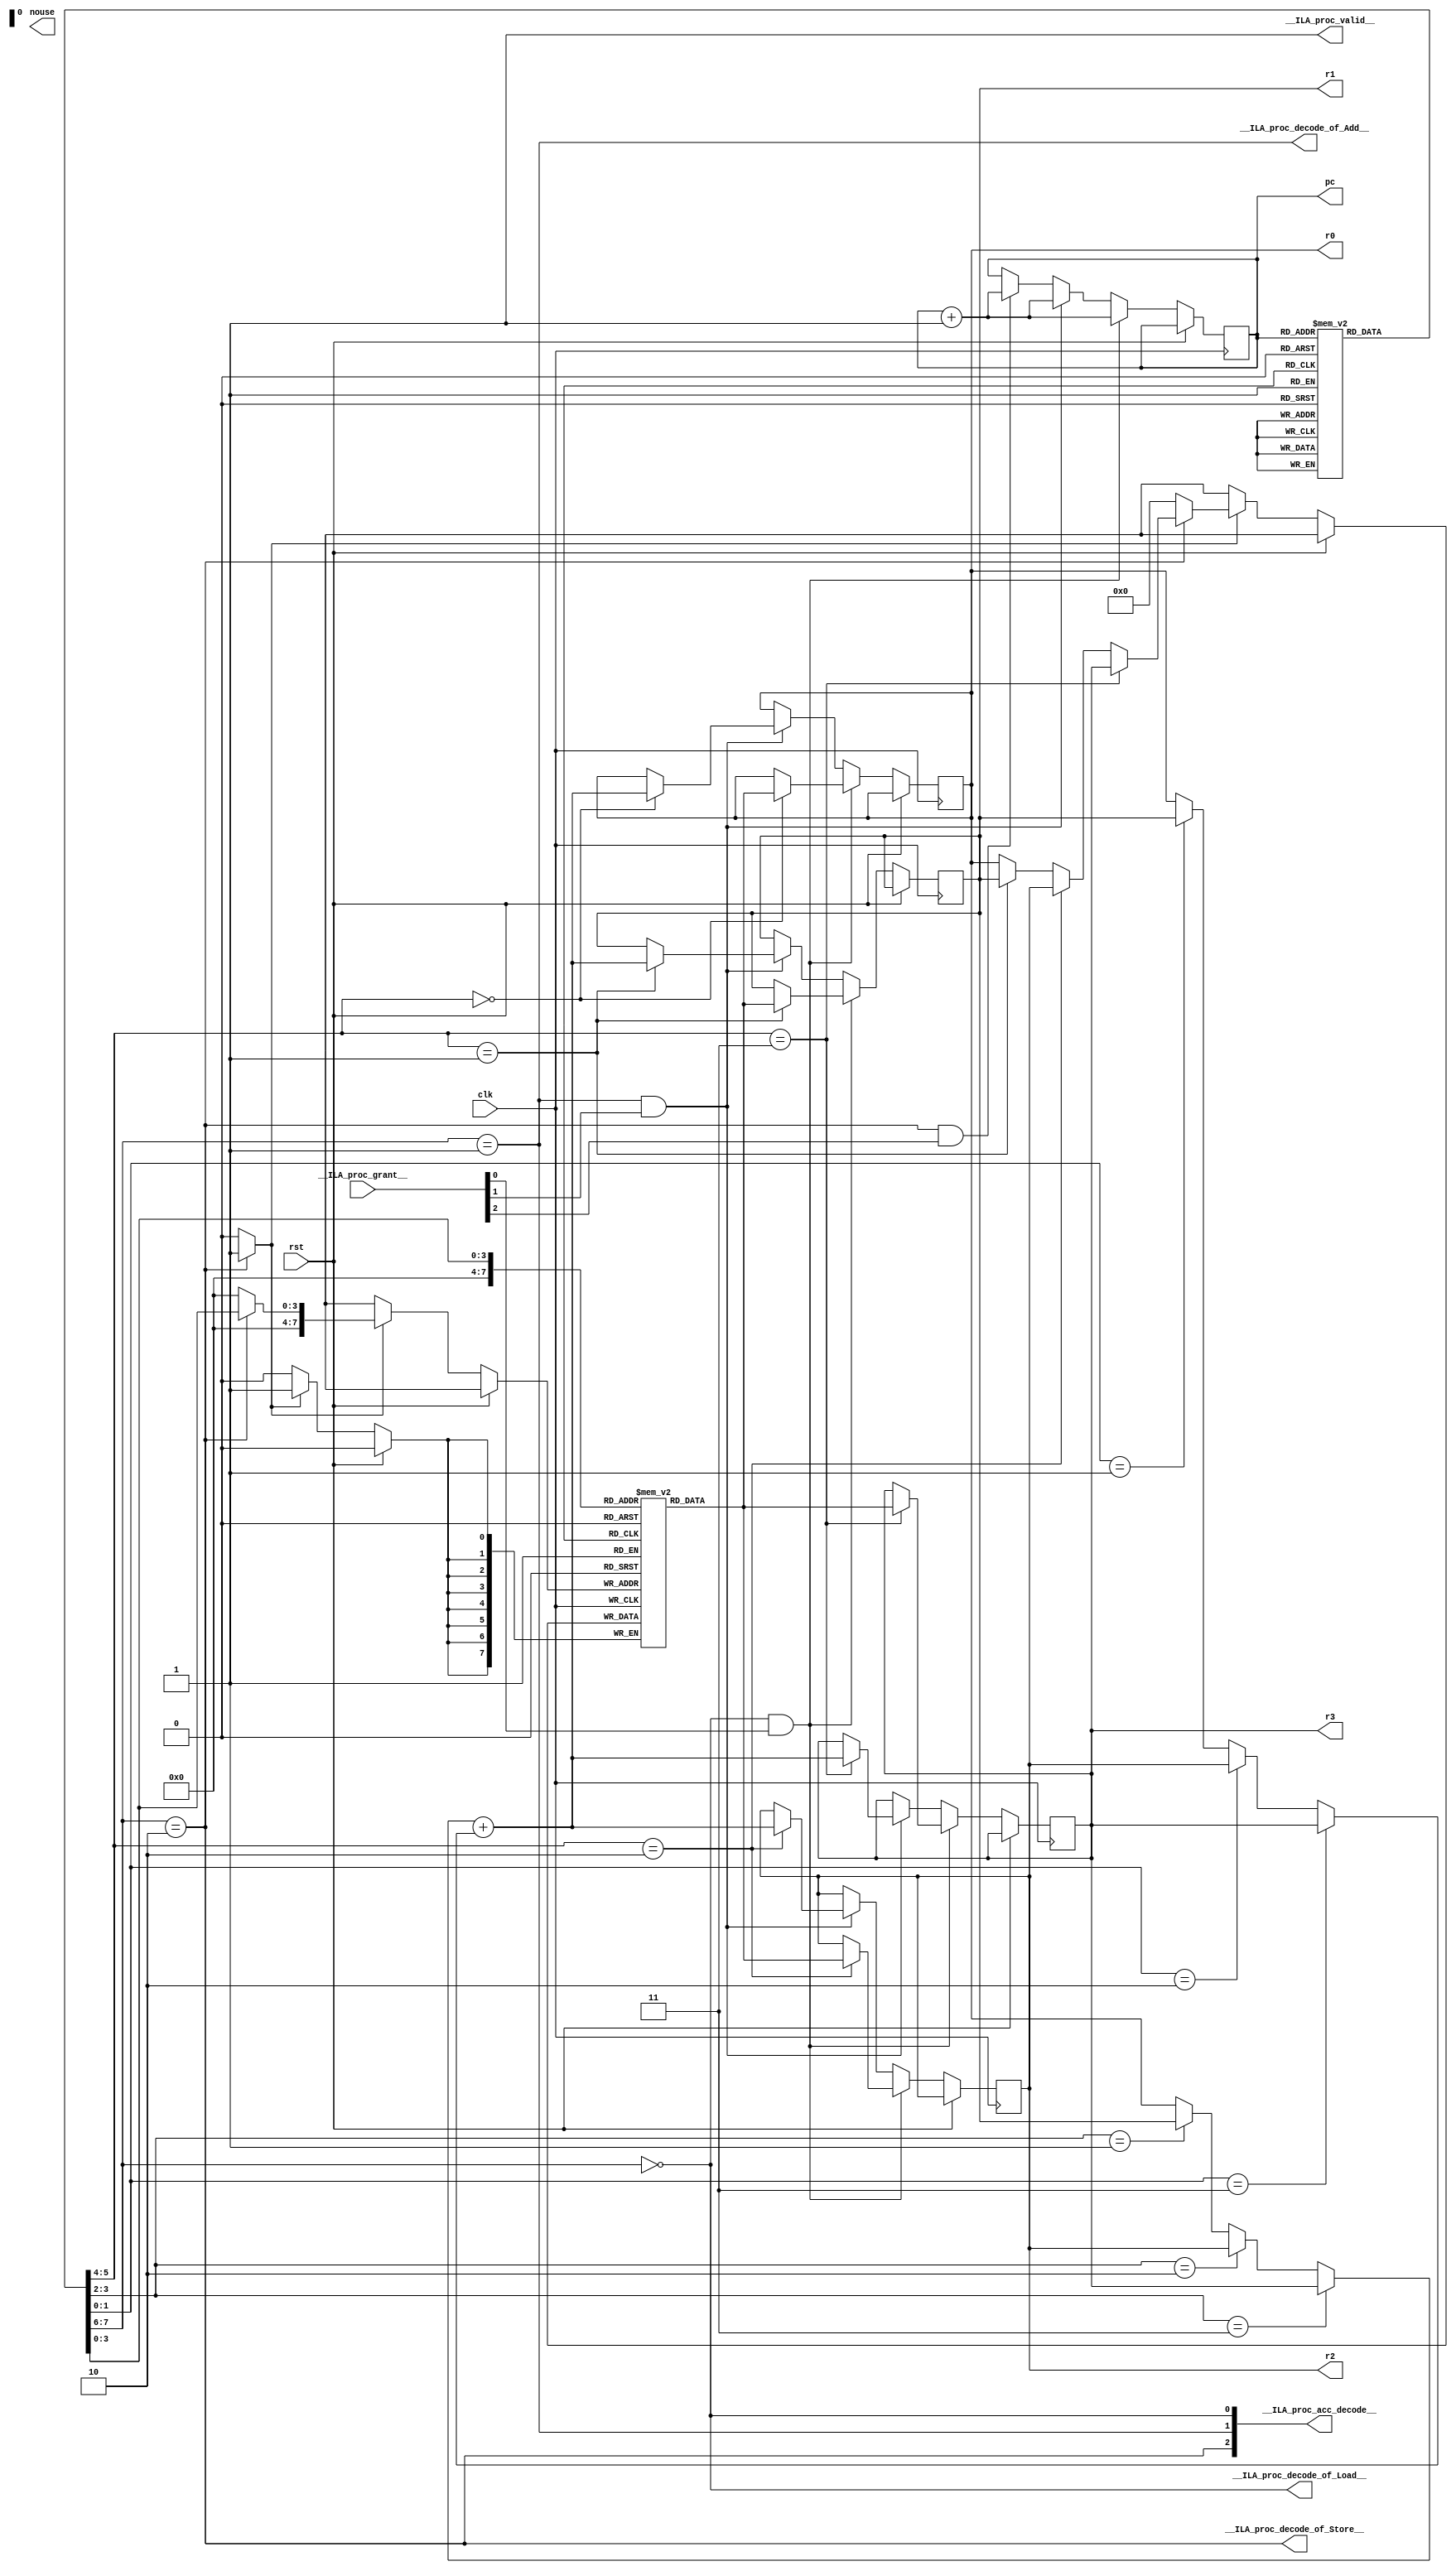
module proc(
clk,
rst,
__ILA_proc_grant__,
__ILA_proc_valid__,
__ILA_proc_acc_decode__,
__ILA_proc_decode_of_Load__,
__ILA_proc_decode_of_Add__,
__ILA_proc_decode_of_Store__,
pc,
r0,
r1,
r2,
r3,
nouse
);
input            clk;
input            rst;
input      [2:0] __ILA_proc_grant__;
output            __ILA_proc_valid__;
output      [2:0] __ILA_proc_acc_decode__;
output            __ILA_proc_decode_of_Load__;
output            __ILA_proc_decode_of_Add__;
output            __ILA_proc_decode_of_Store__;
output reg      [7:0] pc;
output reg      [7:0] r0;
output reg      [7:0] r1;
output reg      [7:0] r2;
output reg      [7:0] r3;
output reg            nouse;
wire            clk;
wire            rst;
wire            __ILA_proc_valid__;
wire      [2:0] __ILA_proc_grant__;
wire      [2:0] __ILA_proc_acc_decode__;
wire      [7:0] n0;
wire      [1:0] n1;
wire            n2;
wire            __ILA_proc_decode_of_Load__;
wire            n3;
wire            __ILA_proc_decode_of_Add__;
wire            n4;
wire            __ILA_proc_decode_of_Store__;
wire      [7:0] mem_addr0;
wire      [7:0] mem_data0;
wire            mem_wen0;
wire            n5;
wire            n6;
wire            n7;
wire      [3:0] n8;
wire      [7:0] n9;
wire      [1:0] n10;
wire            n11;
wire            n12;
wire            n13;
wire      [7:0] n14;
wire      [7:0] n15;
wire      [7:0] n16;
wire      [7:0] n17;
wire            n18;
wire      [7:0] n19;
wire      [7:0] n20;
wire      [1:0] n21;
wire            n22;
wire            n23;
wire            n24;
wire      [7:0] n25;
wire      [7:0] n26;
wire      [7:0] n27;
wire      [1:0] n28;
wire            n29;
wire            n30;
wire            n31;
wire      [7:0] n32;
wire      [7:0] n33;
wire      [7:0] n34;
wire      [7:0] n35;
wire      [7:0] n36;
wire      [7:0] n37;
wire      [7:0] n38;
wire      [7:0] n39;
wire      [7:0] n40;
wire      [7:0] n41;
wire      [7:0] n42;
reg      [7:0] ir[255:0];
reg      [7:0] mem[255:0];
assign __ILA_proc_valid__ = 1'b1 ;
assign n0 =  (  ir [ pc ] )  ;
assign n1 = n0[7:6] ;
assign n2 =  ( n1 ) == ( 2'd0 )  ;
assign __ILA_proc_decode_of_Load__ = n2 ;
assign __ILA_proc_acc_decode__[0] = __ILA_proc_decode_of_Load__ ;
assign n3 =  ( n1 ) == ( 2'd1 )  ;
assign __ILA_proc_decode_of_Add__ = n3 ;
assign __ILA_proc_acc_decode__[1] = __ILA_proc_decode_of_Add__ ;
assign n4 =  ( n1 ) == ( 2'd2 )  ;
assign __ILA_proc_decode_of_Store__ = n4 ;
assign __ILA_proc_acc_decode__[2] = __ILA_proc_decode_of_Store__ ;
assign n5 = ~ ( n4 )  ;
assign n6 =  ( 1'b1 ) & (n5 )  ;
assign n7 =  ( 1'b1 ) & (n4 )  ;
assign n8 = n0[3:0] ;
assign n9 =  {4'd0 , n8}  ;
assign n10 = n0[5:4] ;
assign n11 =  ( n10 ) == ( 2'd3 )  ;
assign n12 =  ( n10 ) == ( 2'd2 )  ;
assign n13 =  ( n10 ) == ( 2'd1 )  ;
assign n14 =  ( n13 ) ? ( r1 ) : ( r0 ) ;
assign n15 =  ( n12 ) ? ( r2 ) : ( n14 ) ;
assign n16 =  ( n11 ) ? ( r3 ) : ( n15 ) ;
assign mem_addr0 = n7 ? (n9) : (0) ;
assign mem_data0 = n7 ? (n16) : ('d0) ;
assign mem_wen0 = n7 ? ( 1'b1 ) : (1'b0) ;
assign n17 =  ( pc ) + ( 8'd1 )  ;
assign n18 =  ( n10 ) == ( 2'd0 )  ;
assign n19 =  (  mem [ n9 ] )  ;
assign n20 =  ( n18 ) ? ( n19 ) : ( r0 ) ;
assign n21 = n0[3:2] ;
assign n22 =  ( n21 ) == ( 2'd3 )  ;
assign n23 =  ( n21 ) == ( 2'd2 )  ;
assign n24 =  ( n21 ) == ( 2'd1 )  ;
assign n25 =  ( n24 ) ? ( r1 ) : ( r0 ) ;
assign n26 =  ( n23 ) ? ( r2 ) : ( n25 ) ;
assign n27 =  ( n22 ) ? ( r3 ) : ( n26 ) ;
assign n28 = n0[1:0] ;
assign n29 =  ( n28 ) == ( 2'd3 )  ;
assign n30 =  ( n28 ) == ( 2'd2 )  ;
assign n31 =  ( n28 ) == ( 2'd1 )  ;
assign n32 =  ( n31 ) ? ( r1 ) : ( r0 ) ;
assign n33 =  ( n30 ) ? ( r2 ) : ( n32 ) ;
assign n34 =  ( n29 ) ? ( r3 ) : ( n33 ) ;
assign n35 =  ( n27 ) + ( n34 )  ;
assign n36 =  ( n18 ) ? ( n35 ) : ( r0 ) ;
assign n37 =  ( n13 ) ? ( n19 ) : ( r1 ) ;
assign n38 =  ( n13 ) ? ( n35 ) : ( r1 ) ;
assign n39 =  ( n12 ) ? ( n19 ) : ( r2 ) ;
assign n40 =  ( n12 ) ? ( n35 ) : ( r2 ) ;
assign n41 =  ( n11 ) ? ( n19 ) : ( r3 ) ;
assign n42 =  ( n11 ) ? ( n35 ) : ( r3 ) ;
always @(posedge clk) begin
   if(rst) begin
   end
   else if(__ILA_proc_valid__) begin
       if ( __ILA_proc_decode_of_Load__ && __ILA_proc_grant__[0] ) begin
           pc <= n17;
       end else if ( __ILA_proc_decode_of_Add__ && __ILA_proc_grant__[1] ) begin
           pc <= n17;
       end else if ( __ILA_proc_decode_of_Store__ && __ILA_proc_grant__[2] ) begin
           pc <= n17;
       end
       if ( __ILA_proc_decode_of_Load__ && __ILA_proc_grant__[0] ) begin
           r0 <= n20;
       end else if ( __ILA_proc_decode_of_Add__ && __ILA_proc_grant__[1] ) begin
           r0 <= n36;
       end
       if ( __ILA_proc_decode_of_Load__ && __ILA_proc_grant__[0] ) begin
           r1 <= n37;
       end else if ( __ILA_proc_decode_of_Add__ && __ILA_proc_grant__[1] ) begin
           r1 <= n38;
       end
       if ( __ILA_proc_decode_of_Load__ && __ILA_proc_grant__[0] ) begin
           r2 <= n39;
       end else if ( __ILA_proc_decode_of_Add__ && __ILA_proc_grant__[1] ) begin
           r2 <= n40;
       end
       if ( __ILA_proc_decode_of_Load__ && __ILA_proc_grant__[0] ) begin
           r3 <= n41;
       end else if ( __ILA_proc_decode_of_Add__ && __ILA_proc_grant__[1] ) begin
           r3 <= n42;
       end
       if (mem_wen0) begin
           mem [ mem_addr0 ] <= mem_data0 ;
       end
   end
end
endmodule